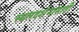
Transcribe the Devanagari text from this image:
स्थलदर्शनासाठी